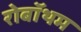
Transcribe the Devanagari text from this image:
रोबॉथम